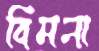
বিমনা